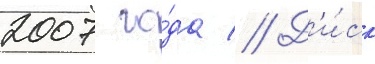
2007 го́да // Д'и́ск